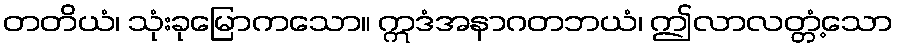
တတိယံ၊ သုံးခုမြောကသော။ ဣဒံအနာဂတဘယံ၊ ဤလာလတ္တံ့သော